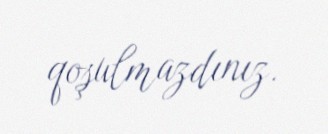
qoşulmazdınız.